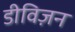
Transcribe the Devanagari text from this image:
डीविज़न